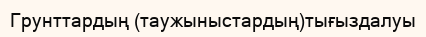
Грунттардың (таужыныстардың)тығыздалуы